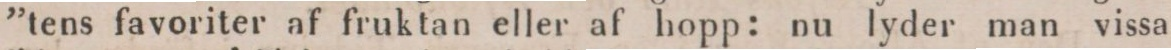
”tens favoriter af fruktan eller af hopp: nu lyder man vissa